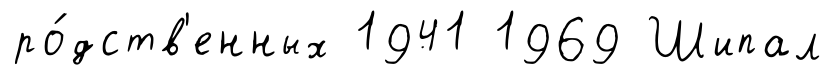
ро́дств'енных 1941 1969 Шипал